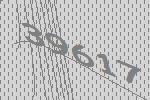
39617